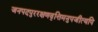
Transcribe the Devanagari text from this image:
जनपदपुररक्षणवृत्तिमनुपजीत्यपि